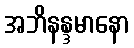
အဘိနန္ဒမာနော